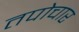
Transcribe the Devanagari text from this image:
तपोचार